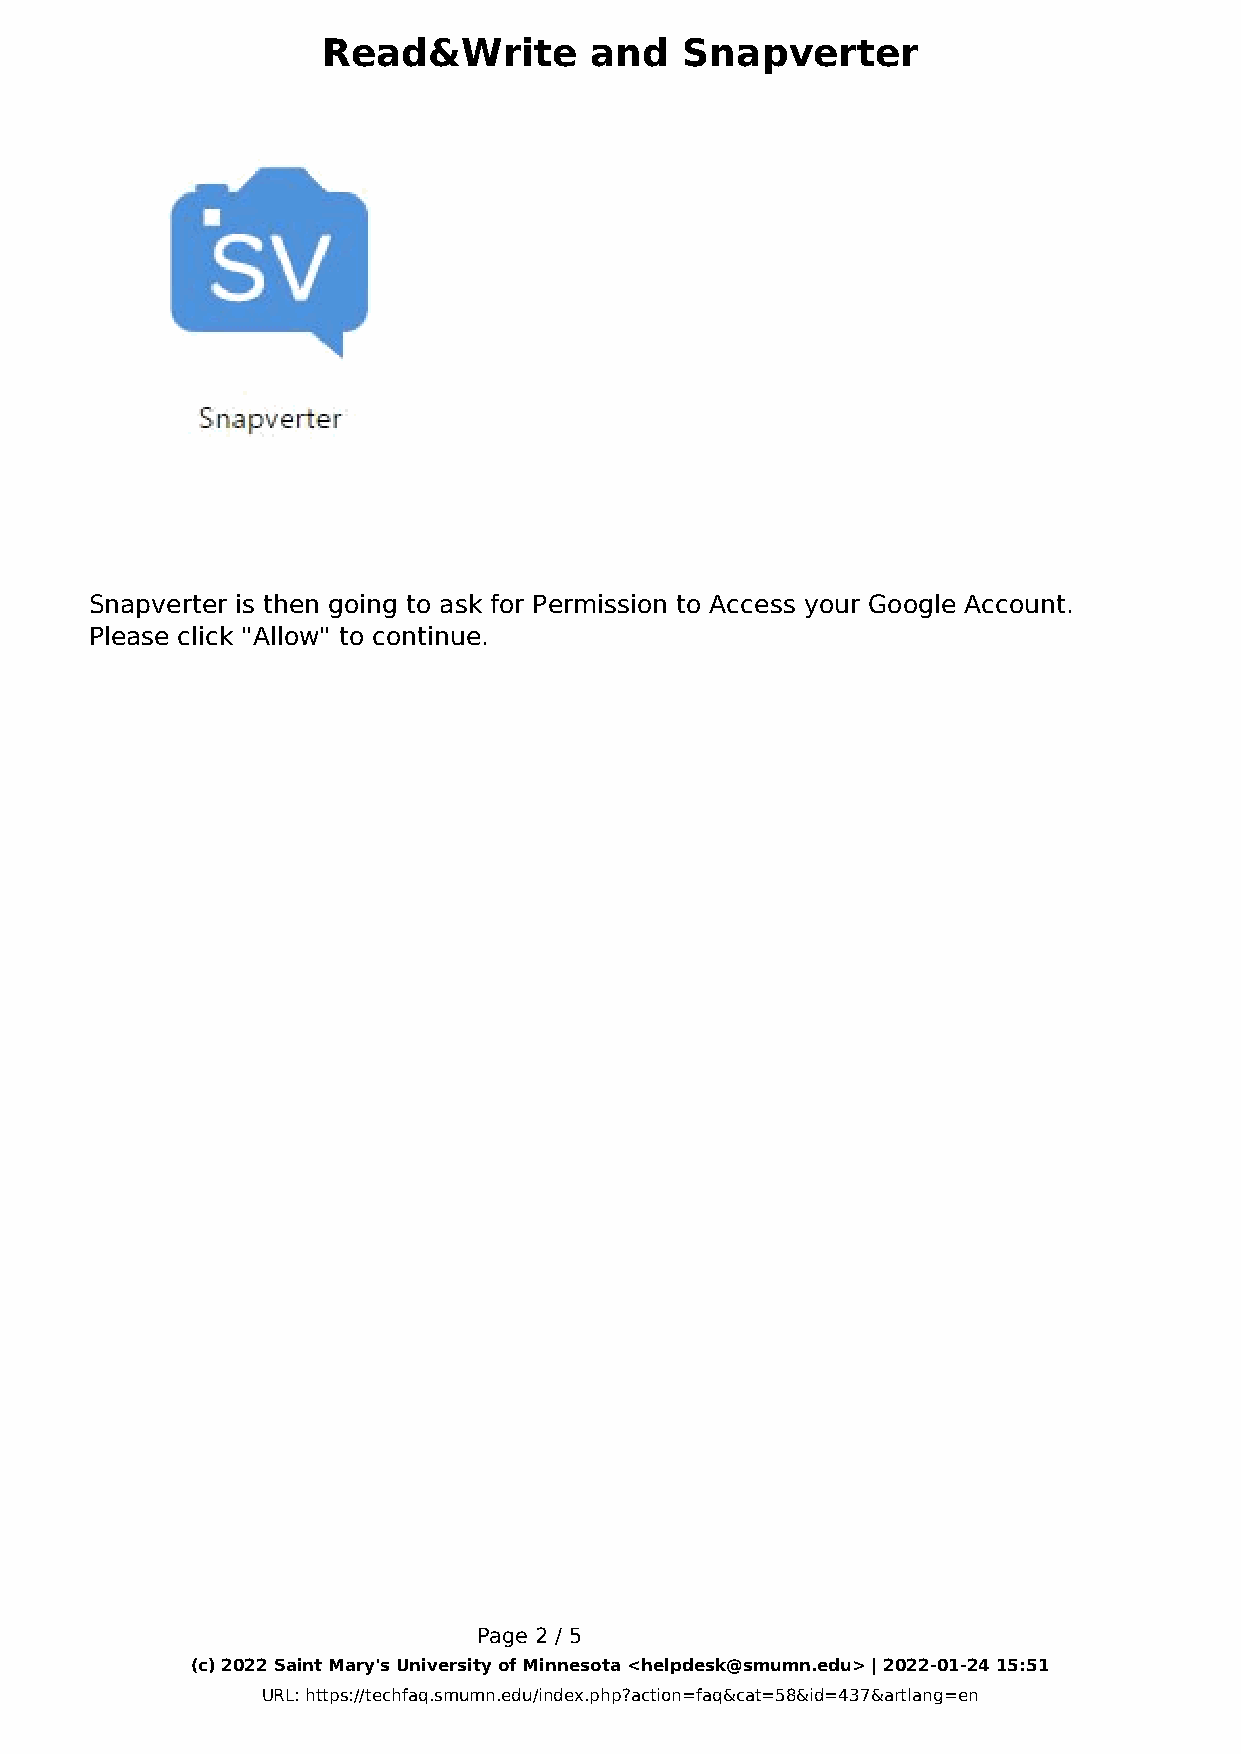
Read&Write        and   Snapverter
 Snapverter is then going to ask for Permission to Access your Google Account.
 Please click "Allow" to continue.
 Page 2 / 5
 (c) 2022 Saint Mary's University of Minnesota <helpdesk@smumn.edu> | 2022-01-24 15:51
 URL: https://techfaq.smumn.edu/index.php?action=faq&cat=58&id=437&artlang=en